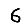
Digit: 6